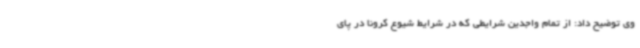
وی توضیح داد: از تمام واجدین شرایطی که در شرایط شیوع کرونا در پای